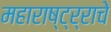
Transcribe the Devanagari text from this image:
महाराष्ट्र्राचे